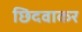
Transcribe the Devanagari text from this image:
छिदवाकर